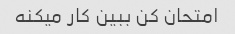
امتحان کن ببین کار میکنه